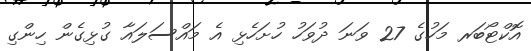
އޮކްޓޯބަރ މަހުގެ 27 ވަނަ ދުވަހު ހުށަހެޅި އެ މައްސަލައާ ގުޅިގެން ހިންގި